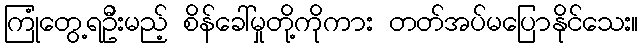
ကြုံတွေ့ရဦးမည့် စိန်ခေါ်မှုတို့ကိုကား တတ်အပ်မပြောနိုင်သေး။